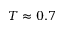
T \approx 0 . 7